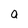
Character: a